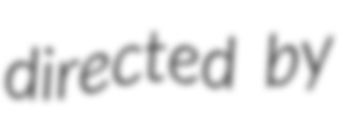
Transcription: directed by